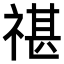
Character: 𥚮